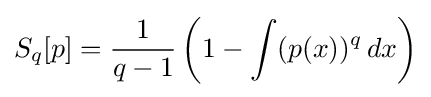
S_{q}[p]={1 \over q-1}\left(1-\int (p(x))^{q}\,dx\right)